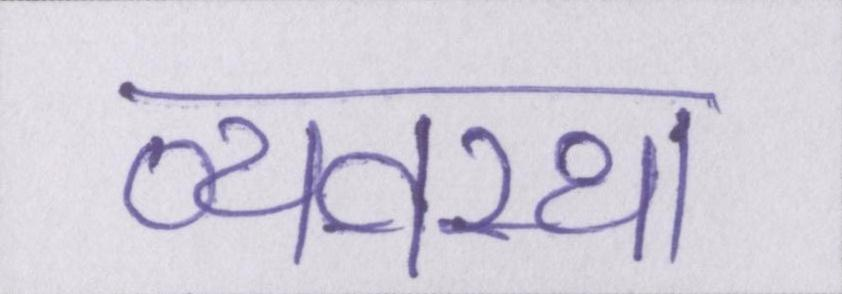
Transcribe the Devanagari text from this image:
व्यवस्था